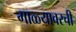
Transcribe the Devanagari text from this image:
माळ्यावरची